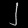
Digit: ၂